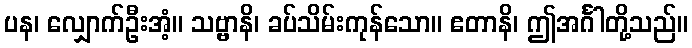
ပန၊ လျှောက်ဦးအံ့။ သဗ္ဗာနိ၊ ခပ်သိမ်းကုန်သော။ ဧတာနိ၊ ဤအင်္ဂါတို့သည်။